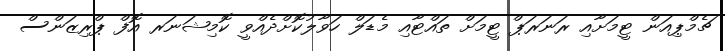
ޗެމްޕިއަން ޓީމަށާއި ރަނަރަޕް ޓީމަށް ތައްޓާއި މެޑަލް ހަވާލުކޮށްދެއްވީ ކޮމިޝަނަރ އޮފް ޕްރިޒަންސް